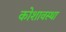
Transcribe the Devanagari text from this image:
कोशावस्था